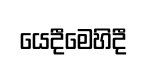
යෙදීමෙහිදී